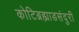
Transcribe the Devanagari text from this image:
कोटिब्रह्माडसंदुरी